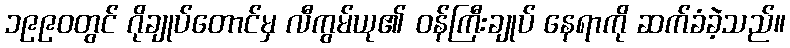
၁၉၉၀တွင် ဂိုချုပ်တောင်မှ လီကွမ်ယု၏ ဝန်ကြီးချုပ် နေရာကို ဆက်ခံခဲ့သည်။